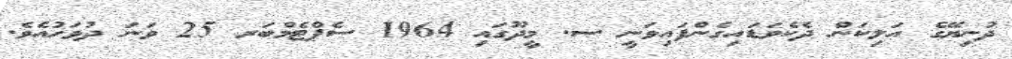
ދުނިޔޭގެ އަލިކަން ދެކެވަޑައިގެންފައިވަނީ ސ. މީދޫގައި 1964 ސެޕްޓެމްބަރ 25 ވަނަ ދުވަހުއެވެ.